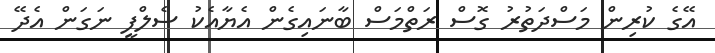
އޭގެ ކުރިން މަސްދަތުރު ގޮސް ރަތްމަސް ބާނައިގެން އެޔާއެކު ސެލްފީ ނަގަން އެދޭ